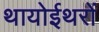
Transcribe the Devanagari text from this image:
थायोईथरों